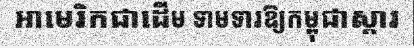
អាមេរិកជាដើម ទាមទារឱ្យកម្ពុជាស្តារ